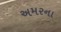
અમરના